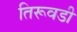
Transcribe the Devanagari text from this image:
तिरूवडी